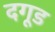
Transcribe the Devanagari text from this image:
दगूड